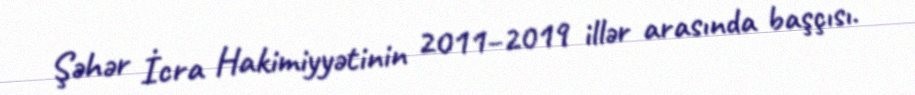
Şəhər İcra Hakimiyyətinin 2011–2019 illər arasında başçısı.